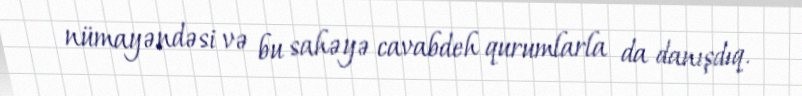
nümayəndəsi və bu sahəyə cavabdeh qurumlarla da danışdıq.